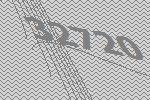
32720